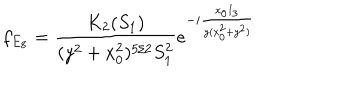
LaTeX: f _ { E _ { 8 } } = \frac { K _ { 2 } ( S _ { 1 } ) } { ( y ^ { 2 } + x _ { 0 } ^ { 2 } ) ^ { 5 / 2 } S _ { 1 } ^ { 2 } } e ^ { - i \frac { x _ { 0 } I _ { 3 } } { y ( x _ { 0 } ^ { 2 } + y ^ { 2 } ) } }